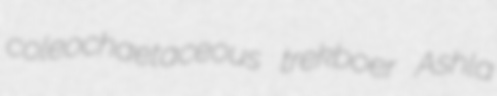
coleochaetaceous trekboer Ashla